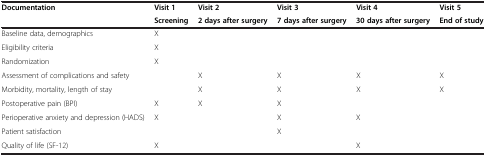
<table><thead><tr><td><b>Documentation</b></td><td><b>Visit 1</b></td><td><b>Visit 2</b></td><td><b>Visit 3</b></td><td><b>Visit 4</b></td><td><b>Visit 5</b></td></tr><tr><td><b> </b></td><td><b>Screening</b></td><td><b>2 days after surgery</b></td><td><b>7 days after surgery</b></td><td><b>30 days after surgery</b></td><td><b>End of study</b></td></tr></thead><tbody><tr><td>Baseline data, demographics</td><td>X</td><td> </td><td> </td><td> </td><td> </td></tr><tr><td>Eligibility criteria</td><td>X</td><td> </td><td> </td><td> </td><td> </td></tr><tr><td>Randomization</td><td>X</td><td> </td><td> </td><td> </td><td> </td></tr><tr><td>Assessment of complications and safety</td><td> </td><td>X</td><td>X</td><td>X</td><td>X</td></tr><tr><td>Morbidity, mortality, length of stay</td><td> </td><td>X</td><td>X</td><td>X</td><td>X</td></tr><tr><td>Postoperative pain (BPI)</td><td>X</td><td>X</td><td>X</td><td> </td><td> </td></tr><tr><td>Perioperative anxiety and depression (HADS)</td><td>X</td><td> </td><td>X</td><td>X</td><td> </td></tr><tr><td>Patient satisfaction</td><td> </td><td> </td><td>X</td><td> </td><td> </td></tr><tr><td>Quality of life (SF-12)</td><td>X</td><td> </td><td> </td><td>X</td><td> </td></tr></tbody></table>